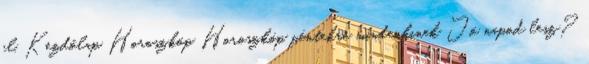
el. Kezdőlap Horoszkóp Horoszkóp péntekre mindenkinek Jó napod lesz?